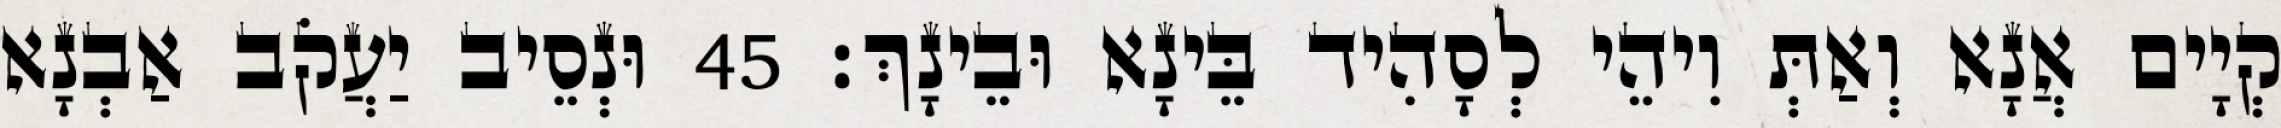
קְיָים אֲנָא וְאַתְּ וִיהֵי לְסָהִיד בֵּינָא וּבֵינָךְ׃ 45 וּנְסֵיב יַעֲקֹב אַבְנָא